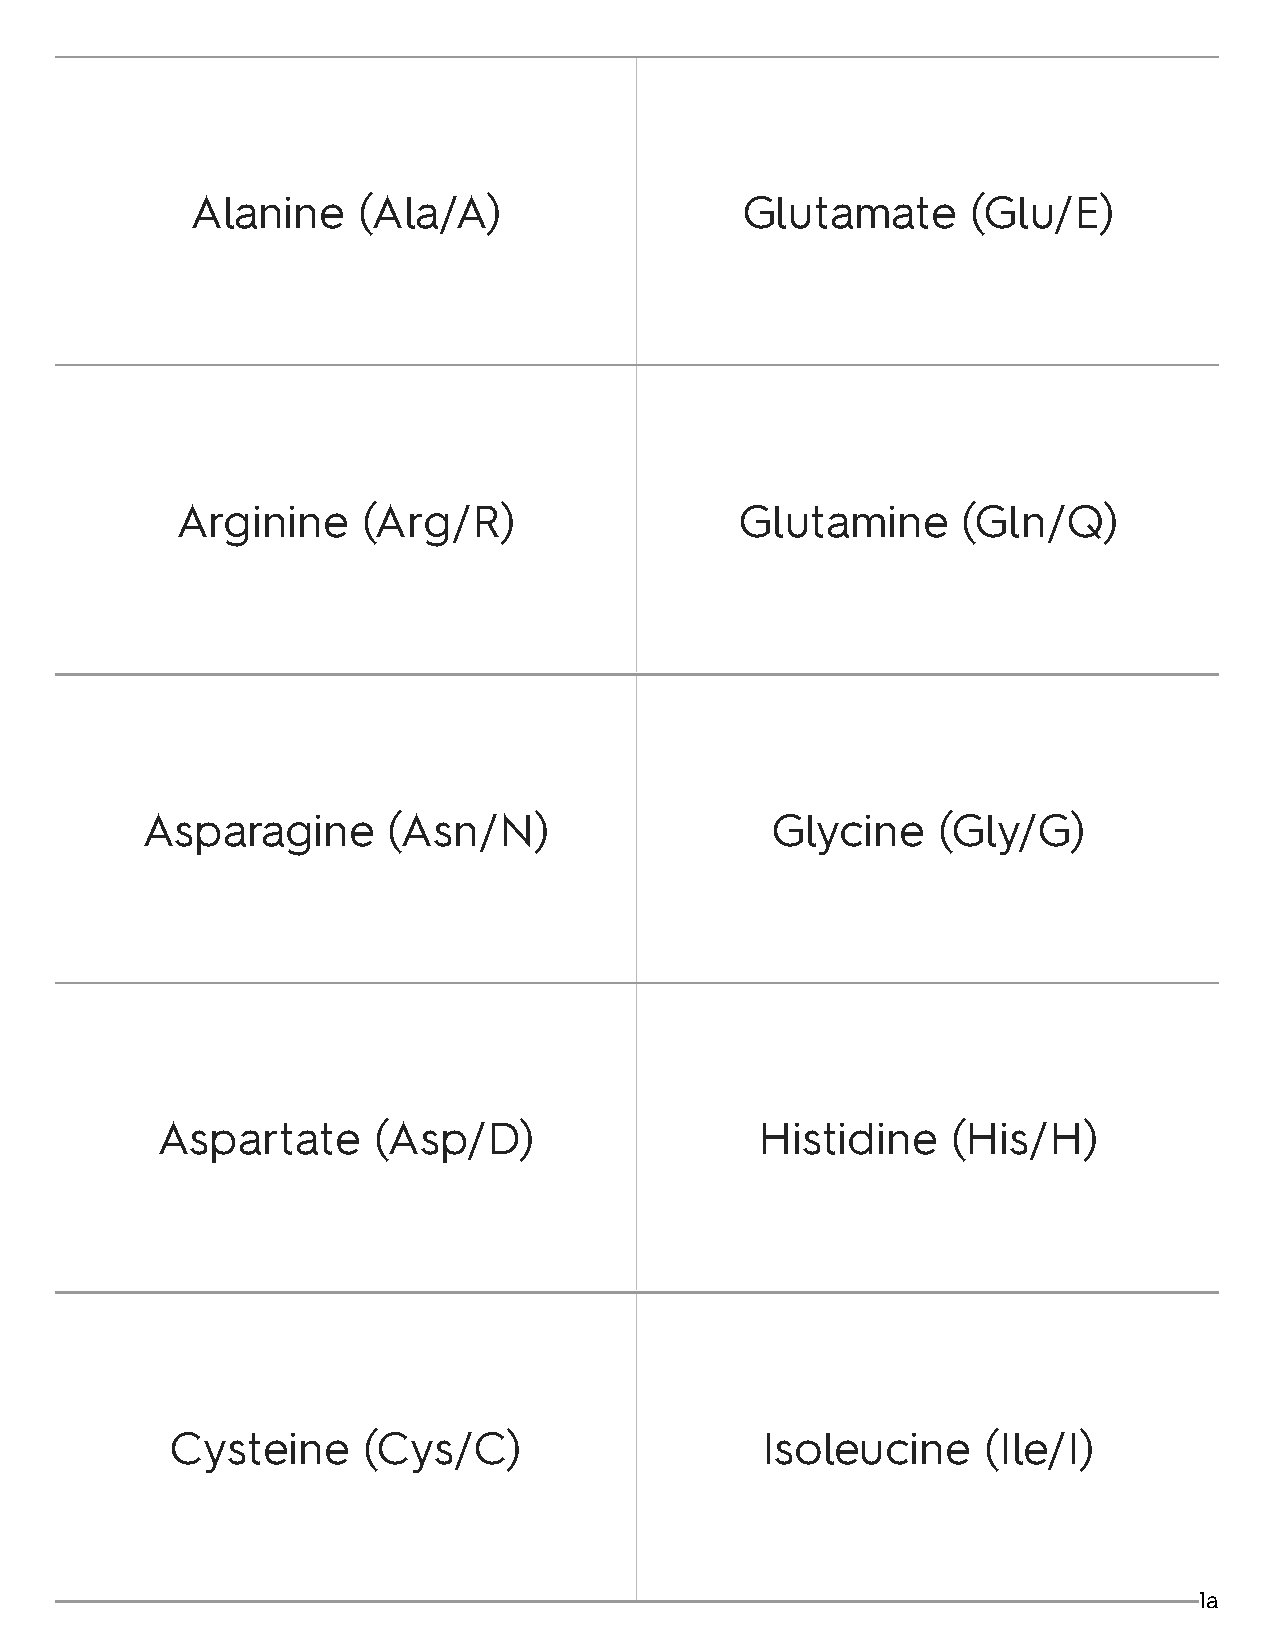
Alanine    (Ala/A)                  Glutamate      (Glu/E)
 Arginine    (Arg/R)                  Glutamine      (Gln/Q)
 Asparagine       (Asn/N)                  Glycine    (Gly/G)
 Aspartate      (Asp/D)                  Histidine    (His/H)
 Cysteine     (Cys/C)                   Isoleucine     (Ile/I)
 1a